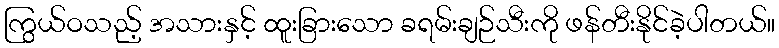
ကြွယ်ဝသည့် အသားနှင့် ထူးခြားသော ခရမ်းချဉ်သီးကို ဖန်တီးနိုင်ခဲ့ပါတယ်။